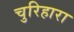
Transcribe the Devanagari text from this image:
चुरिहारा